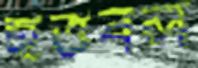
হতবল